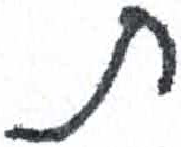
אות: ת